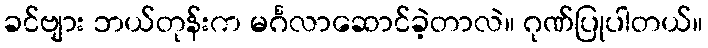
ခင်ဗျား ဘယ်တုန်းက မင်္ဂလာဆောင်ခဲ့တာလဲ။ ဂုဏ်ပြုပါတယ်။